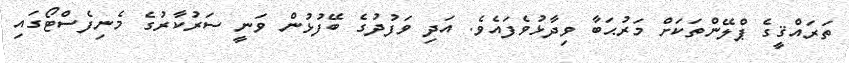
ތަރައްޤީގެ ޕްލޭންތަކަށް މަރުޙަބާ ވިދާޅުވެފައެވެ. އަދި ވަފުދުގެ ބޭފުޅުން ވަނީ ސަރުކާރުގެ މެނިފެސްޓޯގައި